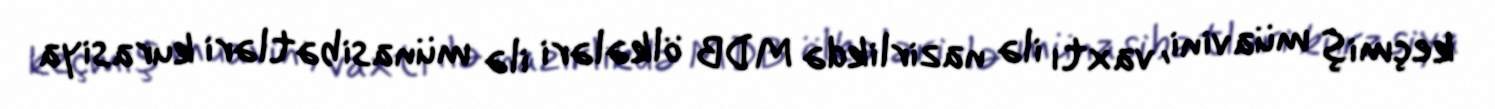
keçmiş müavini, vaxtı ilə nazirlikdə MDB ölkələri ilə münasibətləri kurasiya